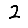
Digit: 2